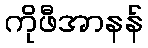
ကိုဖီအာနန်